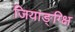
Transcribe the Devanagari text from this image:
जियाङ्ग्क्षि